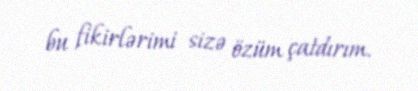
bu fikirlərimi sizə özüm çatdırım.